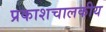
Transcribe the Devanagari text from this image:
प्रकाशचालकीय